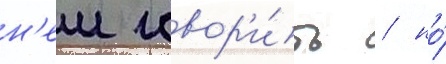
н'еи говор'и́ть / но́